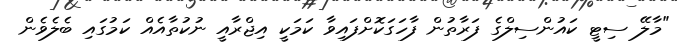
"މާލޭ ސިޓީ ކައުންސިލްގެ ފަރާތުން ފާހަގަކޮށްފައިވާ ކަމަކީ އިޖްރާއީ ނުކުތާއެއް ކަމުގައި ބެލެވެން